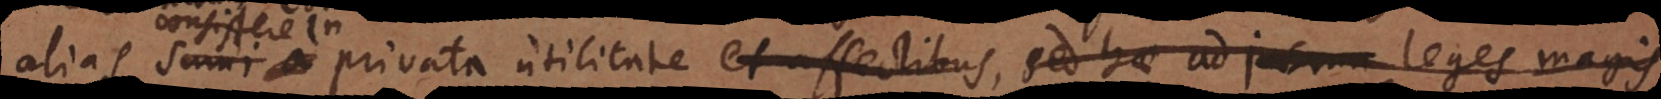
alias consistere in privata utilitate, et affectibus, sed hae ad jus ma leges magis